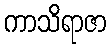
ကာသိရာဇာ